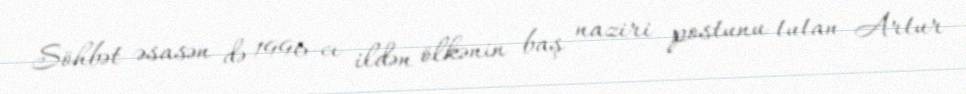
Söhbət əsasən də 1996-cı ildən ölkənin baş naziri postunu tutan Artur